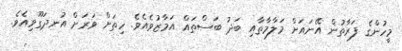
މީހުންގެ ފަރާތުން އޭނައަށް މަލާމާތާއި ބަދު ބަސްތައް އަމާޒުވެއެވެ. ހިތަށް ވަރަށް އުނދަގޫވިއެވެ.